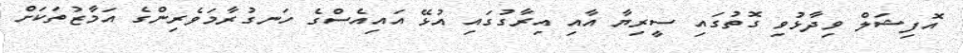
އޮފިޝަލް ވިދާޅުވި ގޮތުގައި ސީރިޔާ އާއި އިރާގުގައި އުޅޭ އައިއެސްގެ ހަނގުރާމަވެރިންގެ އަމާޒުތަކަށް